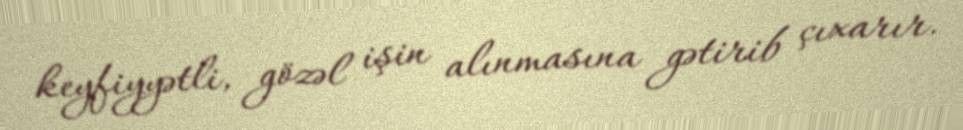
keyfiyyətli, gözəl işin alınmasına gətirib çıxarır.